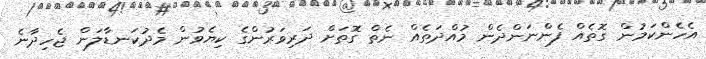
އެހެންކަމުން ގޮތެއް ފެންނަންދެން މުއްދަތެއް ނެތް ގޮތަށް ދަރިވަރުންގެ ކިޔެވުން މެދުކަނޑާލަން ޖެހިދާނެ